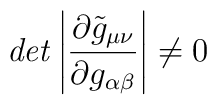
{\it det} \left|\frac{\partial \tilde{g}_{\mu \nu }}{\partial g_{\alpha \beta }}\right| \neq 0